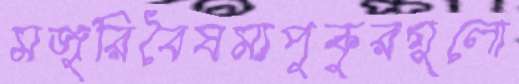
মজুরিবৈষম্যপুকুরগুলো